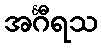
အင်္ဂီရသ